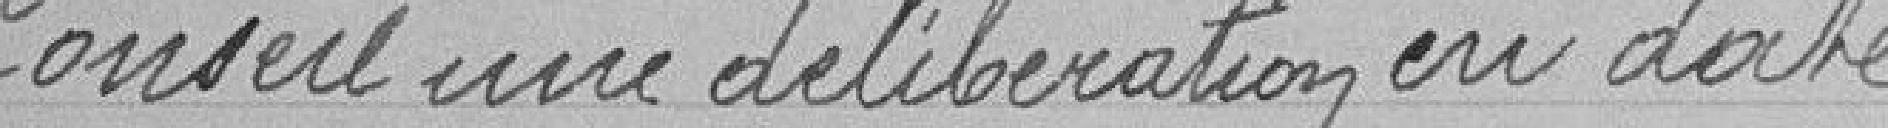
Conseil une délibération en date